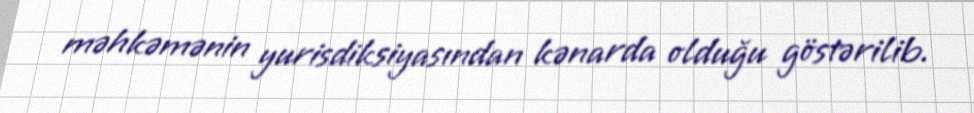
məhkəmənin yurisdiksiyasından kənarda olduğu göstərilib.